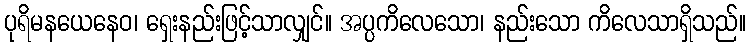
ပုရိမနယေနေဝ၊ ရှေးနည်းဖြင့်သာလျှင်။ အပ္ပကိလေသော၊ နည်းသော ကိလေသာရှိသည်။